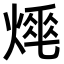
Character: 𤍡